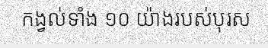
កង្វល់ទាំង ១០ យ៉ាងរបស់បុរស